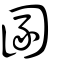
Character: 圂